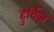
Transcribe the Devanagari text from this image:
हुर्विज़